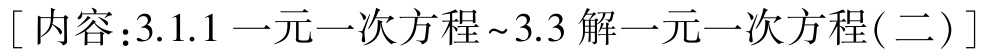
[内容：3.1.1 一元一次方程~3.3 解一元一次方程(二)]